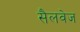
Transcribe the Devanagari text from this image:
सैलवेज